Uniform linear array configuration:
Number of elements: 8
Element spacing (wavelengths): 0.25
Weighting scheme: hamming
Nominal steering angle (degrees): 15
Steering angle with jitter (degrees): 15.198
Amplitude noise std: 0.05
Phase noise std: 0.05

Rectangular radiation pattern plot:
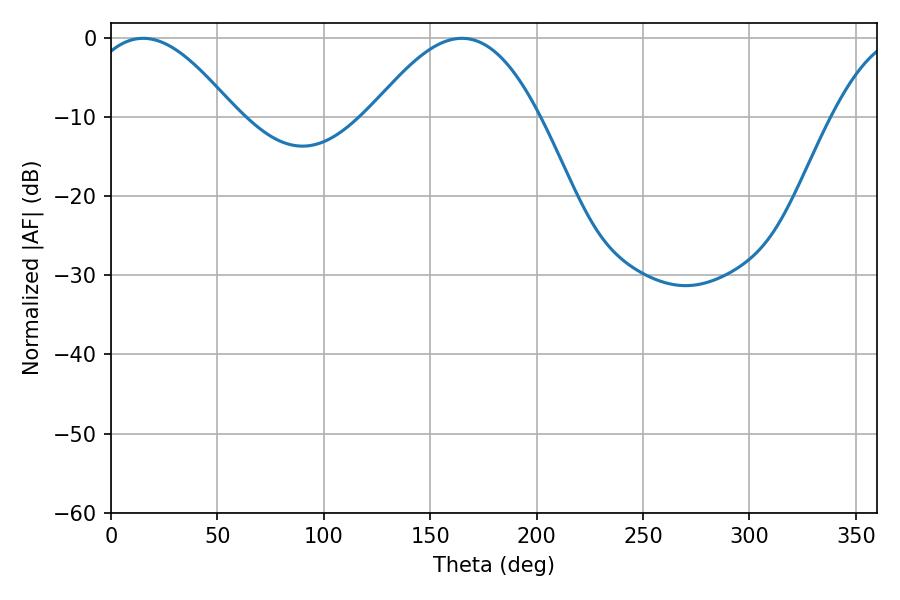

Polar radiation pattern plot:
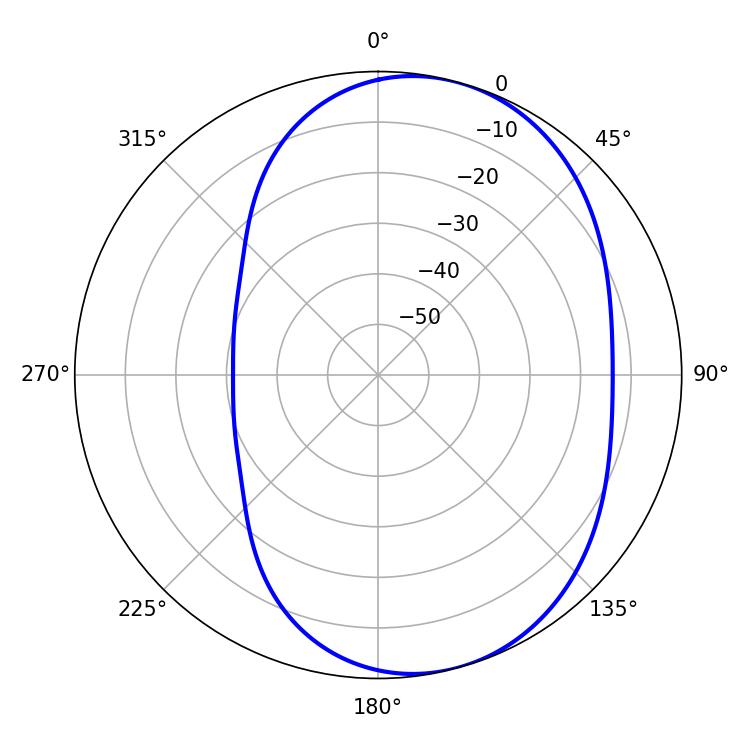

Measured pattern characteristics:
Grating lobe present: FALSE
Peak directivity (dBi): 5.987
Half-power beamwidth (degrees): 37.8
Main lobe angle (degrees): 15.12